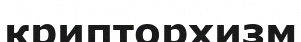
крипторхизм